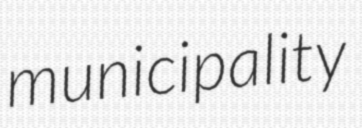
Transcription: municipality